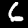
Digit: 6